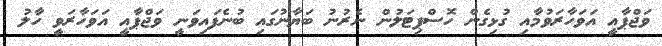
ވަޖްޕާއީ އަވަހާރަވުމާއި ގުޅިގެން ހޮސްޕިޓަލުން ނެރުނު ބަޔާނުގައި ބުނެފައިވަނީ ވަޖްޕާއީ އަވަހާރަވީ ހާލު